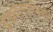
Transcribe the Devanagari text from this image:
दाखवल्याशिवाय